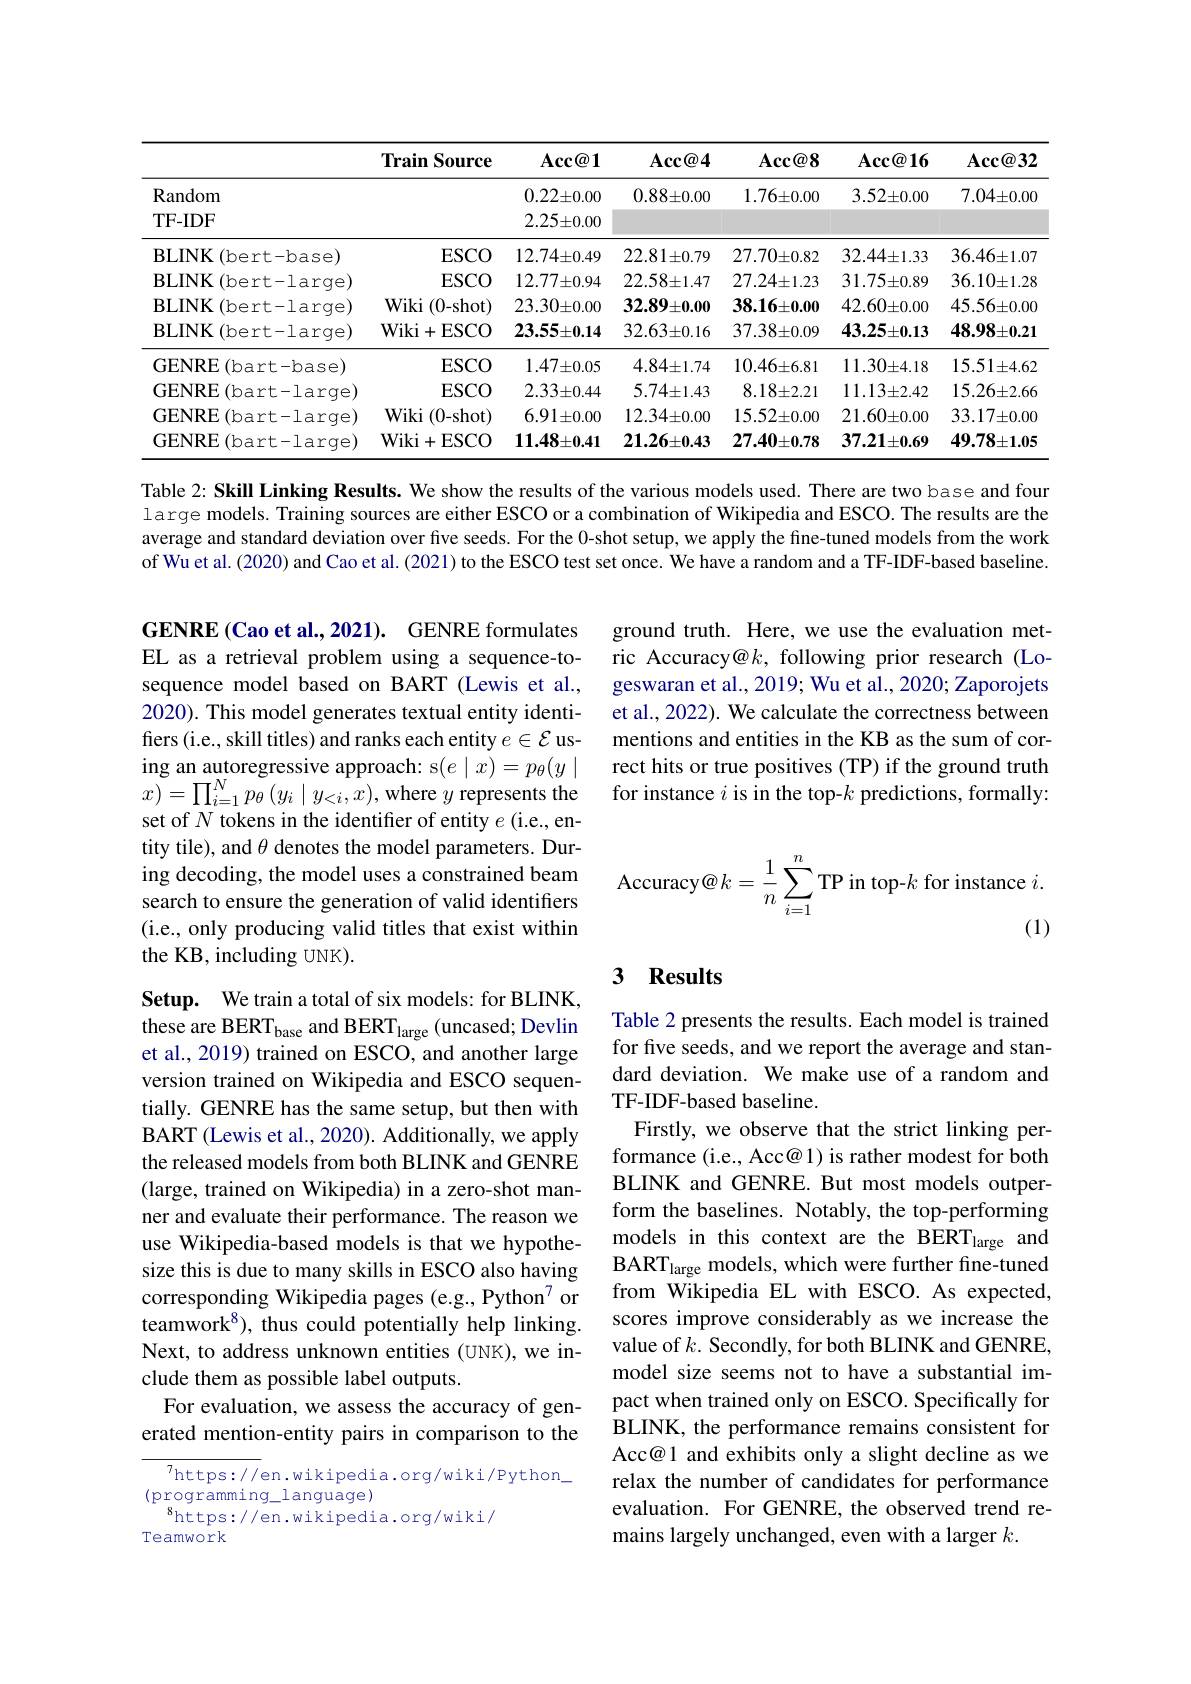
<table>
	<tbody>
		<tr>
			<th> </th>
			<th>$\mathbf{Train}$ $\mathbf{Source}$ </th>
			<th>$\mathbf{Acc@1}$</th>
			<th>$\mathbf{Acc@4}$</th>
			<th>$\mathbf{Acc@8}$</th>
			<th>$\operatorname{Acc@16}$</th>
			<th>$\mathbf{Acc@32}$</th>
		</tr>
		<tr>
			<td>Random</td>
			<td> </td>
			<td>$0.22\pm0.00$</td>
			<td>$0.88\pm0.00$</td>
			<td>$1.76\pm0.00$</td>
			<td>$3.52\pm0.00$</td>
			<td>$7.04\pm0.00$</td>
		</tr>
		<tr>
			<td>TF- IDF</td>
			<td> </td>
			<td>$2.25\pm0.00$</td>
			<td> </td>
			<td> </td>
			<td> </td>
			<td> </td>
		</tr>
		<tr>
			<td>BLINK( bert- base) </td>
			<td>$ESCO$</td>
			<td>$12.74\pm0.49$</td>
			<td>$22.81\pm0.79$</td>
			<td>$27.70\pm0.82$</td>
			<td>$32.44\pm1.33$</td>
			<td>$36.46\pm1.07$</td>
		</tr>
		<tr>
			<td>$\mathbf BLINK$ (bert-large)</td>
			<td>$ESCO$</td>
			<td>$12.77\pm0.94$</td>
			<td>$22.58\pm1.47$</td>
			<td>$27.24\pm1.23$</td>
			<td>$31.75\pm0.89$</td>
			<td>$36.10\pm1.28$</td>
		</tr>
		<tr>
			<td>$\mathbf BLINK$ (bert-large)</td>
			<td>Wiki (0-shot)</td>
			<td>$23.30\pm0.00$</td>
			<td>$32.89\pm0.00$</td>
			<td>$38.16\pm0.00$</td>
			<td>$42.60\pm0.00$</td>
			<td>$45.56\pm0.00$</td>
		</tr>
		<tr>
			<td>BLINK ( bert- large) </td>
			<td>Wiki+ESCO</td>
			<td>$23.55\pm0.14$</td>
			<td>$32.63\pm0.16$</td>
			<td>$37.38\pm0.09$</td>
			<td>$43.25\pm0.13$</td>
			<td>$48.98\pm0.21$</td>
		</tr>
		<tr>
			<td>GENRE (bart-base)</td>
			<td>$ESCO$</td>
			<td>$1.47\pm0.05$</td>
			<td>$4.84\pm1.74$</td>
			<td>$10.46\pm6.81$</td>
			<td>$11.30\pm4.18$</td>
			<td>$15.51\pm4.62$</td>
		</tr>
		<tr>
			<td>GENRE (bart-large)</td>
			<td>$ESCO$</td>
			<td>$2.33\pm0.44$</td>
			<td>$5.74\pm1.43$</td>
			<td>$8.18\pm2.21$</td>
			<td>$11.13\pm2.42$</td>
			<td>$15.26\pm2.66$</td>
		</tr>
		<tr>
			<td>GENRE (bart-large)</td>
			<td>Wiki (0-shot)</td>
			<td>$6.91\pm0.00$</td>
			<td>$12.34\pm0.00$</td>
			<td>$15.52\pm0.00$</td>
			<td>$21.60\pm0.00$</td>
			<td>$33.17\pm0.00$</td>
		</tr>
		<tr>
			<td>GENRE $\operatorname{E}($bart-large)</td>
			<td>Wiki+ESCO</td>
			<td>$\mathbf{11.48\pm0.41}$</td>
			<td>$21.26\pm0.43$</td>
			<td>$27.40\pm0.78$</td>
			<td>$37.21\pm0.69$</td>
			<td>$49.78\pm1.05$</td>
		</tr>
	</tbody>
</table>

Table 2: Skill Linking Results. We show the results of the various models used. There are two base and four large models. Training sources are either ESCO or a combination of Wikipedia and ESCO. The results are the average and standard deviation over five seeds. For the 0-shot setup, we apply the fine-tuned models from the work of Wu et al. (2020) and Cao et al. (2021) to the ESCO test set once. We have a random and a TF-IDF-based baseline.

ground truth. Here, we use the evaluation metric Accuracy@k, following prior research (Logeswaran et al., 2019; Wu et al., 2020; Zaporojets et al., 2022). We calculate the correctness between mentions and entities in the KB as the sum of cor-
ing an autoregressive approach: $( e\mid x) = p_{\theta }( y\mid$ rect hits or true positives( TP) if the ground truth $x) = \prod _{i= 1}^{N}p_{\theta }( y_{i}\mid y_{< i}, x) $,where $y$ represents the for instance $i$ is in the top- $k$ predictions, formally: set of $N$ tokens in th

GENRE (Cao et al., 2021). GENRE formulates EL as a retrieval problem using a sequence-tosequence model based on BART (Lewis et al., 2020). This model generates textual entity identifers (i.e., skill titles) and ranks each entity $e\in\mathcal{E}$ usset of $N$ tokens in the identifier of entity $e$ (i.e., entity tile), and $\theta$ denotes the model parameters. During decoding, the model uses a constrained beam search to ensure the generation of valid identifiers (i.e., only producing valid titles that exist within the KB, including UNK).

${\mathrm{Accuracy@}}k=\frac{1}{n}\sum_{i=1}^{n}{\mathrm{TP~in~top-}}k{\mathrm{~for~instance~}}i.$

(1)

## 3 Results

Setup. We train a total of six models: for BLINK, these are BERT$_\mathrm{base}$ and BERT$_\mathrm{large}($uncased; Devlin et al., 2019) trained on ESCO, and another large version trained on Wikipedia and ESCO sequentially. GENRE has the same setup, but then with BART (Lewis et al., 2020). Additionally, we apply the released models from both BLINK and GENRE (large, trained on Wikipedia) in a zero-shot manner and evaluate their performance. The reason we use Wikipedia-based models is that we hypothe- models in this context are the BERT$_\mathrm{large}$ and
size this is due to many skills in ESCO also having corresponding Wikipedia pages (e.g., Python$^{7}$ or teamwork$^{8})$, thus could potentially help linking. Next, to address unknown entities (UNK), we include them as possible label outputs.
For evaluation, we assess the accuracy of generated mention-entity pairs in comparison to the

Table 2 presents the results. Each model is trained for five seeds, and we report the average and standard deviation. We make use of a random and TF-IDF-based baseline.
Firstly, we observe that the strict linking performance (i.e., Acc@ 1) is rather modest for both BLINK and GENRE. But most models outperform the baselines. Notably, the top-performing BART$_{\mathrm{large~models,~which~were~further~fine-tuned}}$ from Wikipedia EL with ESCO. As expected, scores improve considerably as we increase the value of $k.$ Secondly, for both BLINK and GENRE, model size seems not to have a substantial impact when trained only on ESCO. Specifically for BLINK, the performance remains consistent for Acc@1 and exhibits only a slight decline as we relax the number of candidates for performance evaluation. For GENRE, the observed trend remains largely unchanged, even with a larger $k.$

$^{7}$https://en.wikipedia.org/wiki/Python\_
(programming\_language)
$^{8}$https://en.wikipedia.org/wiki/
Teamwork